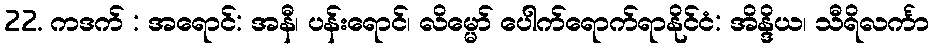
22. ကဒက် : အရောင်: အနီ၊ ပန်းရောင်၊ လိမ္မော် ပေါက်ရောက်ရာနိုင်ငံ: အိန္ဒိယ၊ သီရိလင်္ကာ